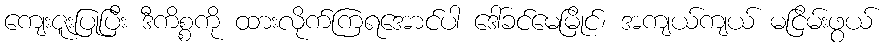
ကျေးဇူးပြုပြီး ဒီကိစ္စကို ထားလိုက်ကြရအောင်ပါ ဒေါ်ခင်မေမြိုင်၊ အကျယ်ကျယ် မငြိမ်းဖွယ်